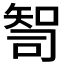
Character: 𰦙